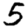
Digit: 5